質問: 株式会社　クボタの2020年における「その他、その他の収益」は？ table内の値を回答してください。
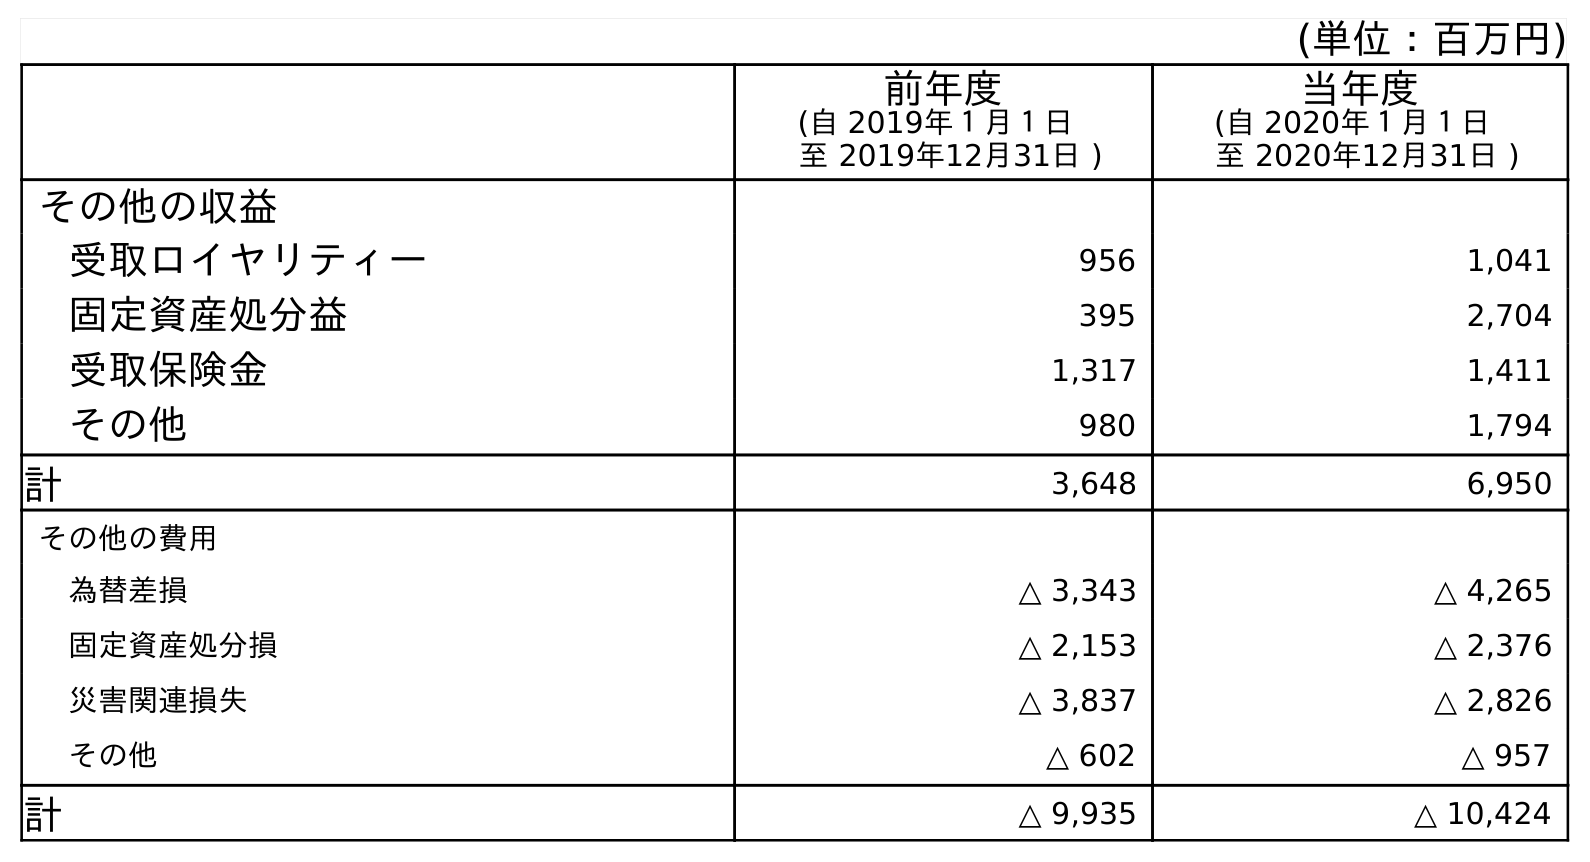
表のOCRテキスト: (単位：百万円) 前年度 (自 2019年１月１日 至 2019年12月31日 ) 当年度 (自 2020年１月１日 至 2020年12月31日 ) その他の収益 受取ロイヤリティー 956 1,041 固定資産処分益 395 2,704 受取保険金 1,317 1,411 その他 980 1,794 計 3,648 6,950 その他の費用 為替差損 △ 3,343 △ 4,265 固定資産処分損 △ 2,153 △ 2,376 災害関連損失 △ 3,837 △ 2,826 その他 △ 602 △ 957 計 △ 9,935 △ 10,424
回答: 1,794